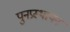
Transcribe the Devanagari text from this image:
पुनप्रस्थापन